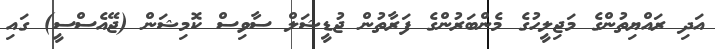
އަދި ރައްޔިތުންގެ މަޖިލީހުގެ މެންބަރުންގެ ފަރާތުން ޖުޑީޝަލް ސާވިސް ކޮމިޝަން (ޖޭއެސްސީ) ގައި